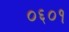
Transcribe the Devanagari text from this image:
०६०१